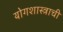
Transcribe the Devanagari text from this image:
योगशास्त्राची